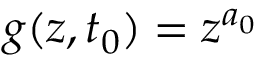
g ( z , t _ { 0 } ) = z ^ { a _ { 0 } }